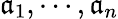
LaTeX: {\mathfrak{a}}_{1},\cdots,{\mathfrak{a}}_{n}